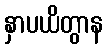
နှာပယိတွာန